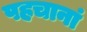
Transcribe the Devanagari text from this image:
पहचानां